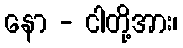
နော - ငါတို့အား၊